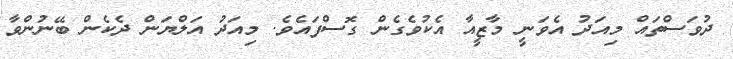
ދުވަސްތައް މިއަދު އެވަނީ މާޒީއާ އެކުވެގެން ގޮސްފައެވެ. މިއަދު އަލްޔަން ދެކެން ބޭނުންވާ